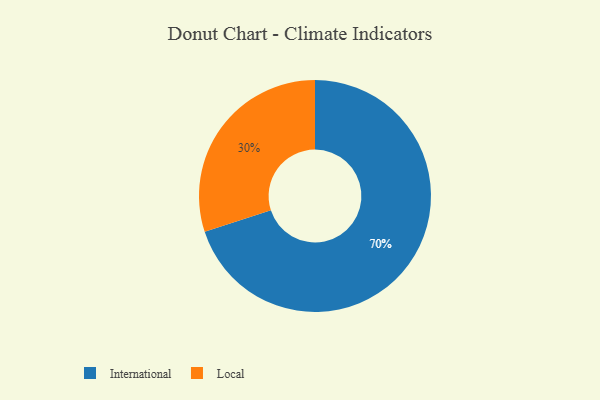
{"axis": {"x": "Category", "y": "Percentage"}, "legend": ["International", "Local"], "data": [{"x": "Local", "y": 30, "type": "Local"}, {"x": "International", "y": 70, "type": "International"}]}